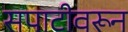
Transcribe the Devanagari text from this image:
सपाटीवरून